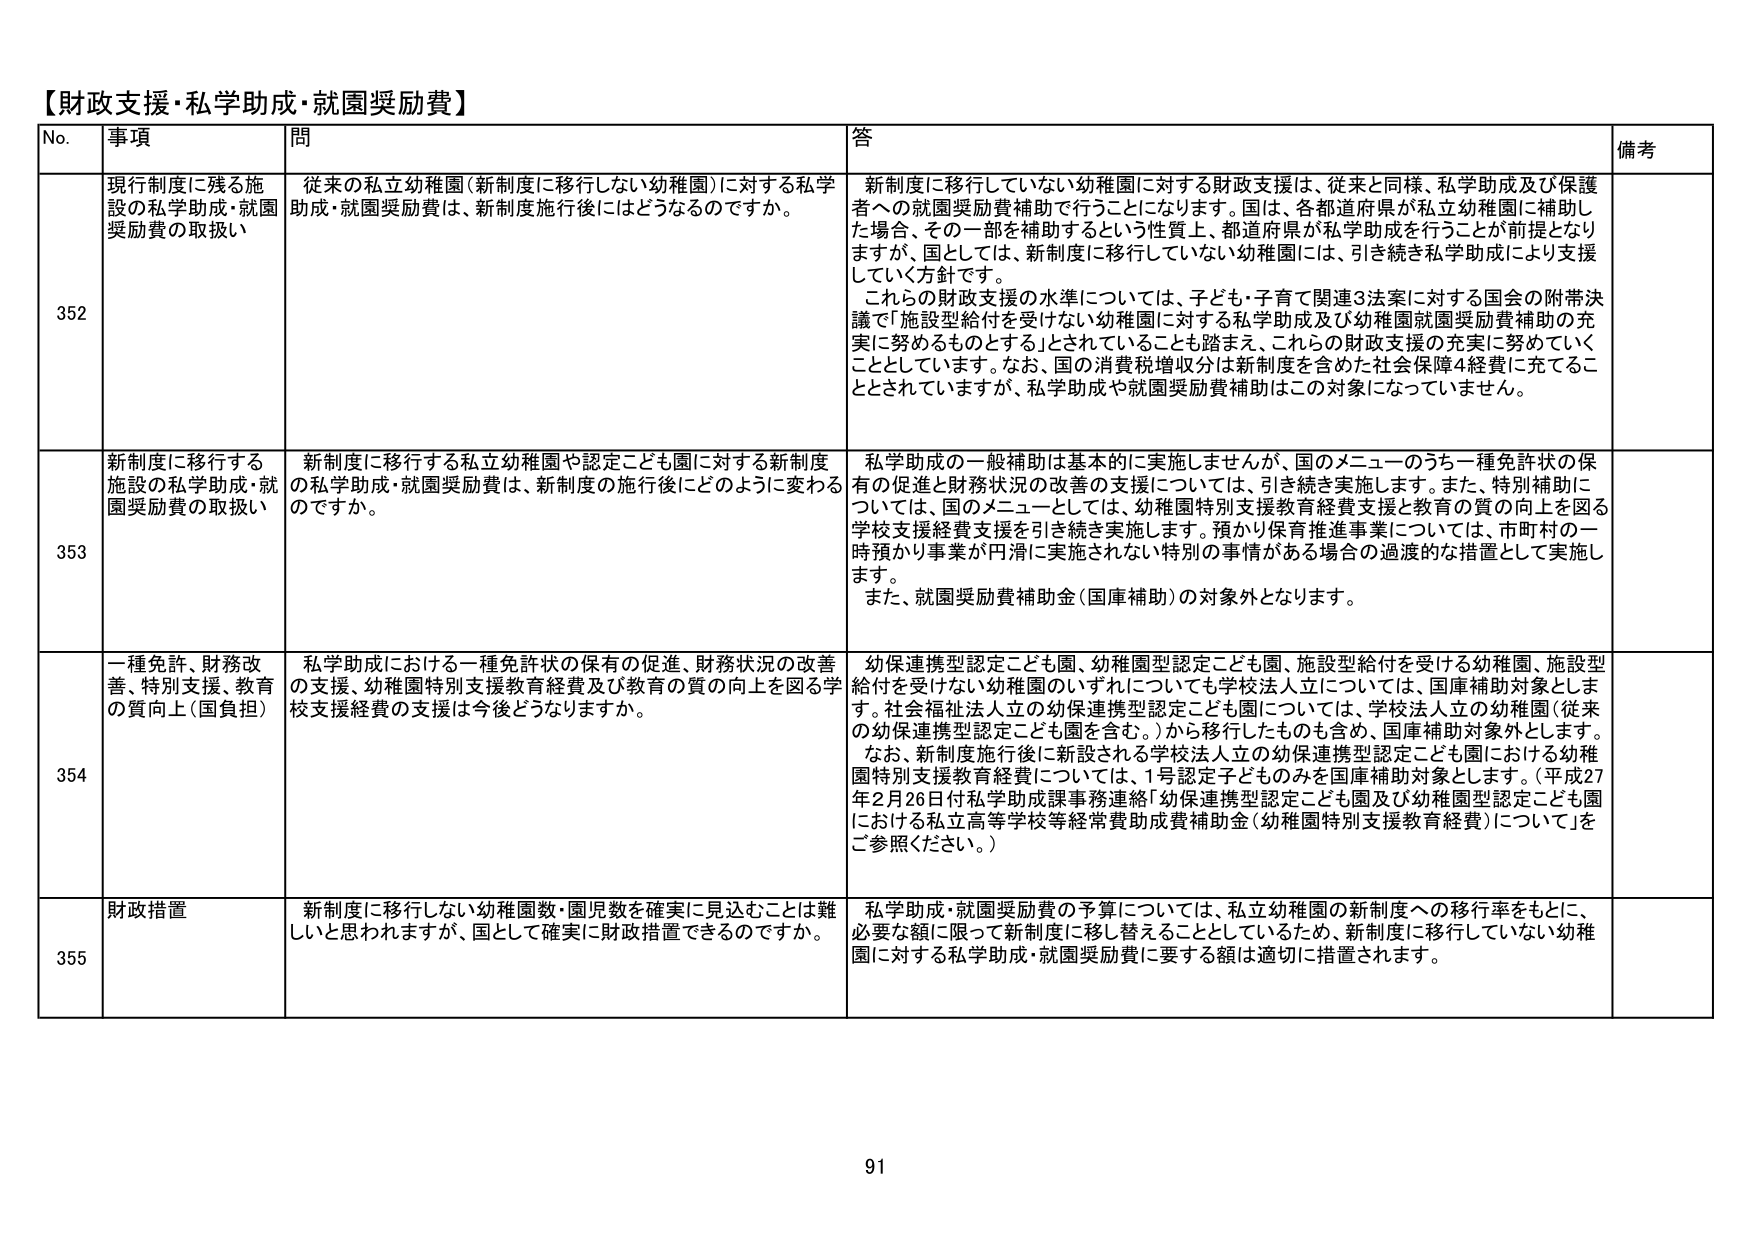
【財政支援・私学助成・就園奨励費】

No. 事項 問 答 備考

352 現行制度に残る施設の私学助成・就園奨励費の取扱い 従来の私立幼稚園（新制度に移行しない幼稚園）に対する私学助成・就園奨励費は、新制度施行後にはどうなるのですか。 新制度に移行していない幼稚園に対する財政支援は、従来と同様、私学助成及び保護者への就園奨励費補助で行うことになります。国は、各都道府県が私立幼稚園に補助した場合、その一部を補助するという性質上、都道府県が私学助成を行うことが前提となりますが、国としては、新制度に移行していない幼稚園には、引き続き私学助成により支援していく方針です。 これらの財政支援の水準については、子ども・子育て関連3法案に対する国会の附帯決議で「施設型給付を受けない幼稚園に対する私学助成及び幼稚園就園奨励費補助の充実に努めるものとする」とされていることも踏まえ、これらの財政支援の充実に努めていくこととしています。なお、国の消費税増収分は新制度を含めた社会保障4経費に充てることとされていますが、私学助成や就園奨励費補助はこの対象になっていません。

353 新制度に移行する施設の私学助成・就園奨励費の取扱い 新制度に移行する私立幼稚園や認定こども園に対する新制度の私学助成・就園奨励費は、新制度の施行後にどのように変わるのですか。 私学助成の一般補助は基本的に実施しませんが、国のメニューのうち一種免許状の保有の促進・財務状況の改善の支援については、引き続き実施します。また、特別補助については、国のメニューとしては、幼稚園特別支援教育経費支援と教育の質の向上を図る学校支援経費支援を引き続き実施します。預かり保育推進事業については、市町村の一時預かり事業が円滑に実施されない特別の事情がある場合の過渡的な措置として実施します。 また、就園奨励費補助金（国庫補助）の対象外となります。

354 一種免許、財務改善、特別支援、教育の質向上（国負担） 私学助成における一種免許状の保有の促進、財務状況の改善の支援、幼稚園特別支援教育経費及び教育の質の向上を図る学校支援経費の支援は今後どうなりますか。 幼保連携型認定こども園、幼稚園型認定こども園、施設型給付を受ける幼稚園、施設型給付を受けない幼稚園のいずれについても学校法人立については、国庫補助対象とします。社会福祉法人立の幼保連携型認定こども園については、学校法人立の幼稚園（従来の幼保連携型認定こども園を含む。）から移行したものを含め、国庫補助対象外とします。 なお、新制度施行後に新設される学校法人立の幼保連携型認定こども園における幼稚園特別支援教育経費については、1号認定子どものみを国庫補助対象とします。（平成27年2月26日付私学助成課事務連絡「幼保連携型認定こども園及び幼稚園型認定こども園における私立高等学校等経常費助成費補助金（幼稚園特別支援教育経費）について」をご参照ください。）

355 財政措置 新制度に移行しない幼稚園数・園児数を確実に見込むことは難しいと思われますが、国として確実に財政措置できるのですか。 私学助成・就園奨励費の予算については、私立幼稚園の新制度への移行率をもとに、必要な額に限って新制度に移し替えることとしているため、新制度に移行していない幼稚園に対する私学助成・就園奨励費に要する額は適切に措置されます。

91